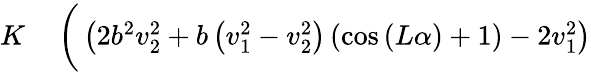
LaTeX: \begin{array}{rl}{K}&{{}\left(\vphantom{\sqrt{v_{1}^{4}v_{2}^{4}\left(\left(2b^{2}-2\right)\left(b^{2}v_{2}^{4}-v_{1}^{4}\right)\left(\cos{\left(L\alpha\right)}-1\right)+\left(2b^{2}v_{2}^{2}+b\left(v_{1}^{2}-v_{2}^{2}\right)\left(\cos{\left(L\alpha\right)}+1\right)-2v_{1}^{2}\right)^{2}\right)}}\left(2b^{2}v_{2}^{2}+b\left(v_{1}^{2}-v_{2}^{2}\right)\left(\cos{\left(L\alpha\right)}+1\right)-2v_{1}^{2}\right)\right.}\end{array}